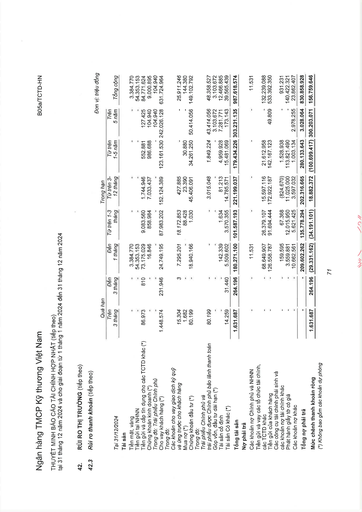
||Quá|hạn|||Trong hạn|||| |---|---|---|---|---|---|---|---|---| |Tại 31/12/2024|Trên 3 tháng|Đến 3 tháng|Đến 1 tháng|Tiếp trên 1-3 tháng|Tiếp trên 3- 12 tháng|Tiếp trên 1-5 năm|Trên 5 năm|Tổng cộng| |Tài sản||||||||| |Tiền mặt, vàng|-|-|3.384.770|-|-|-||3.384.770| |Tiền gửi tại NHNN|-|-|54.353.153|-|-|-|-|54.353.153| |Tiền gửi và cho vay tín dụng cho các TCTD khác (*)|86.973|810|73.175.029|9.083.560|1.744.946|552.881|127.425|84.771.624| |Chứng khoán kinh doanh (*)|-|-|16.846|858.984|7.033.437|986.688|104.940|9.000.895| |Trong đó: Trái phiếu Chính phủ|-|-|-|-|-|-|104.940|104.940| |Cho vay khách hàng (*)|1.448.574|231.946|24.749.195|87.983.202|152.124.389|123.161.530|242.026.128|631.724.964| |Trong đó:||||||||| |Các khoản cho vay giao dịch ký quỹ||||||||| |và ứng trước cho khách hàng|15.304|3|7.295.201|18.172.853|427.885|-|-|25.911.246| |Mua nợ (*)|1.682|-|-|88.428|23.390|30.880|-|144.380| |Chứng khoán đầu tư (*)|80.199|-|18.940.166|1.030|45.406.091|34.261.250|50.414.056|149.102.792| |Trong đó:||||||||| |Trái phiếu Chính phủ và||||||||| |trái phiếu được Chính phủ bảo lãnh thanh toán|80.199|-|-|-|3.015.048|1.849.224|43.414.056|48.358.527| |Góp vốn, đầu tư dài hạn (*)|-|-|-|-|-||3.103.672|3.103.672| |Tài sản cố định|-|-|142.339|1.634|81.213|4.959.928|7.281.771|12.466.885| |Tài sản có khác (*)|14.259|31.440|5.509.602|3.570.355|14.785.571|15.481.069|173.143|39.565.439| |Tổng tài sản|1.631.687|264.196|180.271.100|101.587.193|221.199.037|179.434.226|303.231.135|987.618.574| |Nợ phải trả||||||||| |Các khoản nợ Chính phủ và NHNN|-|-|11.531|-|-|-|-|11.531| |Tiền gửi và vay các tổ chức tài chính, các TCTD khác|-|-|68.649.907|26.379.107|15.597.116|21.612.958|-|132.239.088| |Tiền gửi của khách hàng|-|-|126.558.787|91.694.444|172.922.187|142.167.123|49.809|533.392.350| |Các công cụ tài chính phái sinh và||||||||| |các khoản nợ tài chính khác|-|-|159.595|67.368|-824.670|1.528.938|-|931.231| |Phát hành giấy tờ có giá|-|-|3.559.881|12.015.950|11.025.000|113.821.490|-|140.422.321| |Các khoản nợ khác|-|-|10.662.561|5.621.425|3.597.032|1.003.134|2.978.255|23.862.407| |Tổng nợ phải trả|-|-|209.602.262|135.778.294|202.316.665|280.133.643|3.028.064|830.858.928| |Mức chênh thanh khoản ròng|1.631.687|264.196|-29.331.162|-34.191.101|18.882.372|-100.699.417|300.203.071|156.759.646|